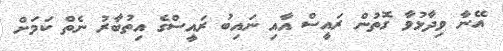
އޭނާ ވިދާޅުވާ ގޮތުން ރައީސް އާއި ނައިބު ރައީސްގެ އިތުބާރު ނެތް ކަމަށް